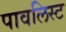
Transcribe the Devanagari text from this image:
पावलिस्ट